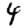
Digit: 4